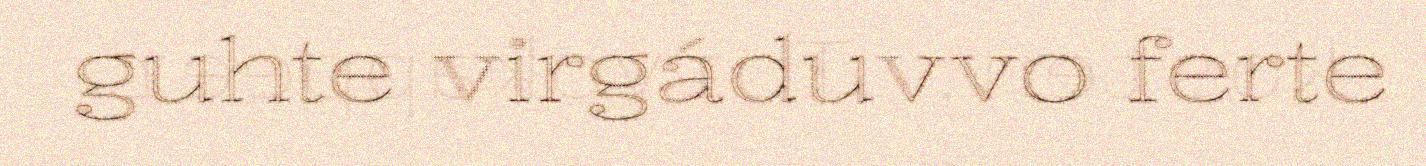
guhte virgáduvvo ferte